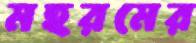
মহরমের